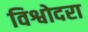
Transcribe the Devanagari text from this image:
विश्वोदरा